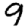
Digit: 9